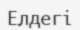
Елдегі